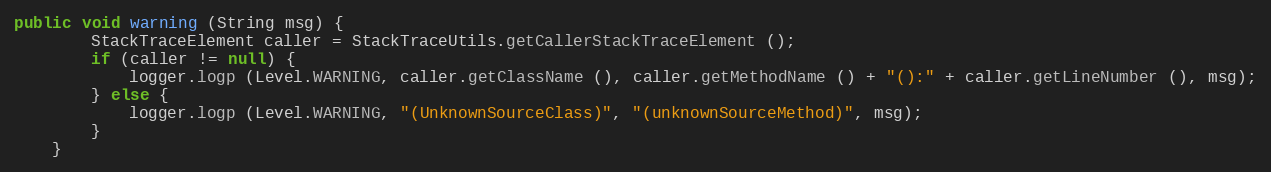
Language: Java
public void warning (String msg) {
		StackTraceElement caller = StackTraceUtils.getCallerStackTraceElement ();
		if (caller != null) {
			logger.logp (Level.WARNING, caller.getClassName (), caller.getMethodName () + "():" + caller.getLineNumber (), msg);
		} else {
			logger.logp (Level.WARNING, "(UnknownSourceClass)", "(unknownSourceMethod)", msg);
		}
	}